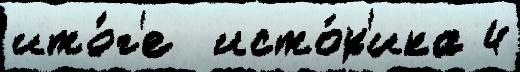
ито́г'е  исто́р'ика 4